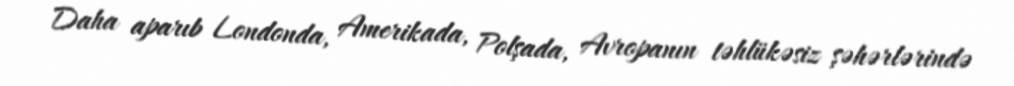
Daha aparıb Londonda, Amerikada, Polşada, Avropanın təhlükəsiz şəhərlərində